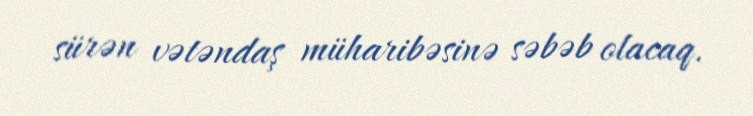
sürən vətəndaş müharibəsinə səbəb olacaq.